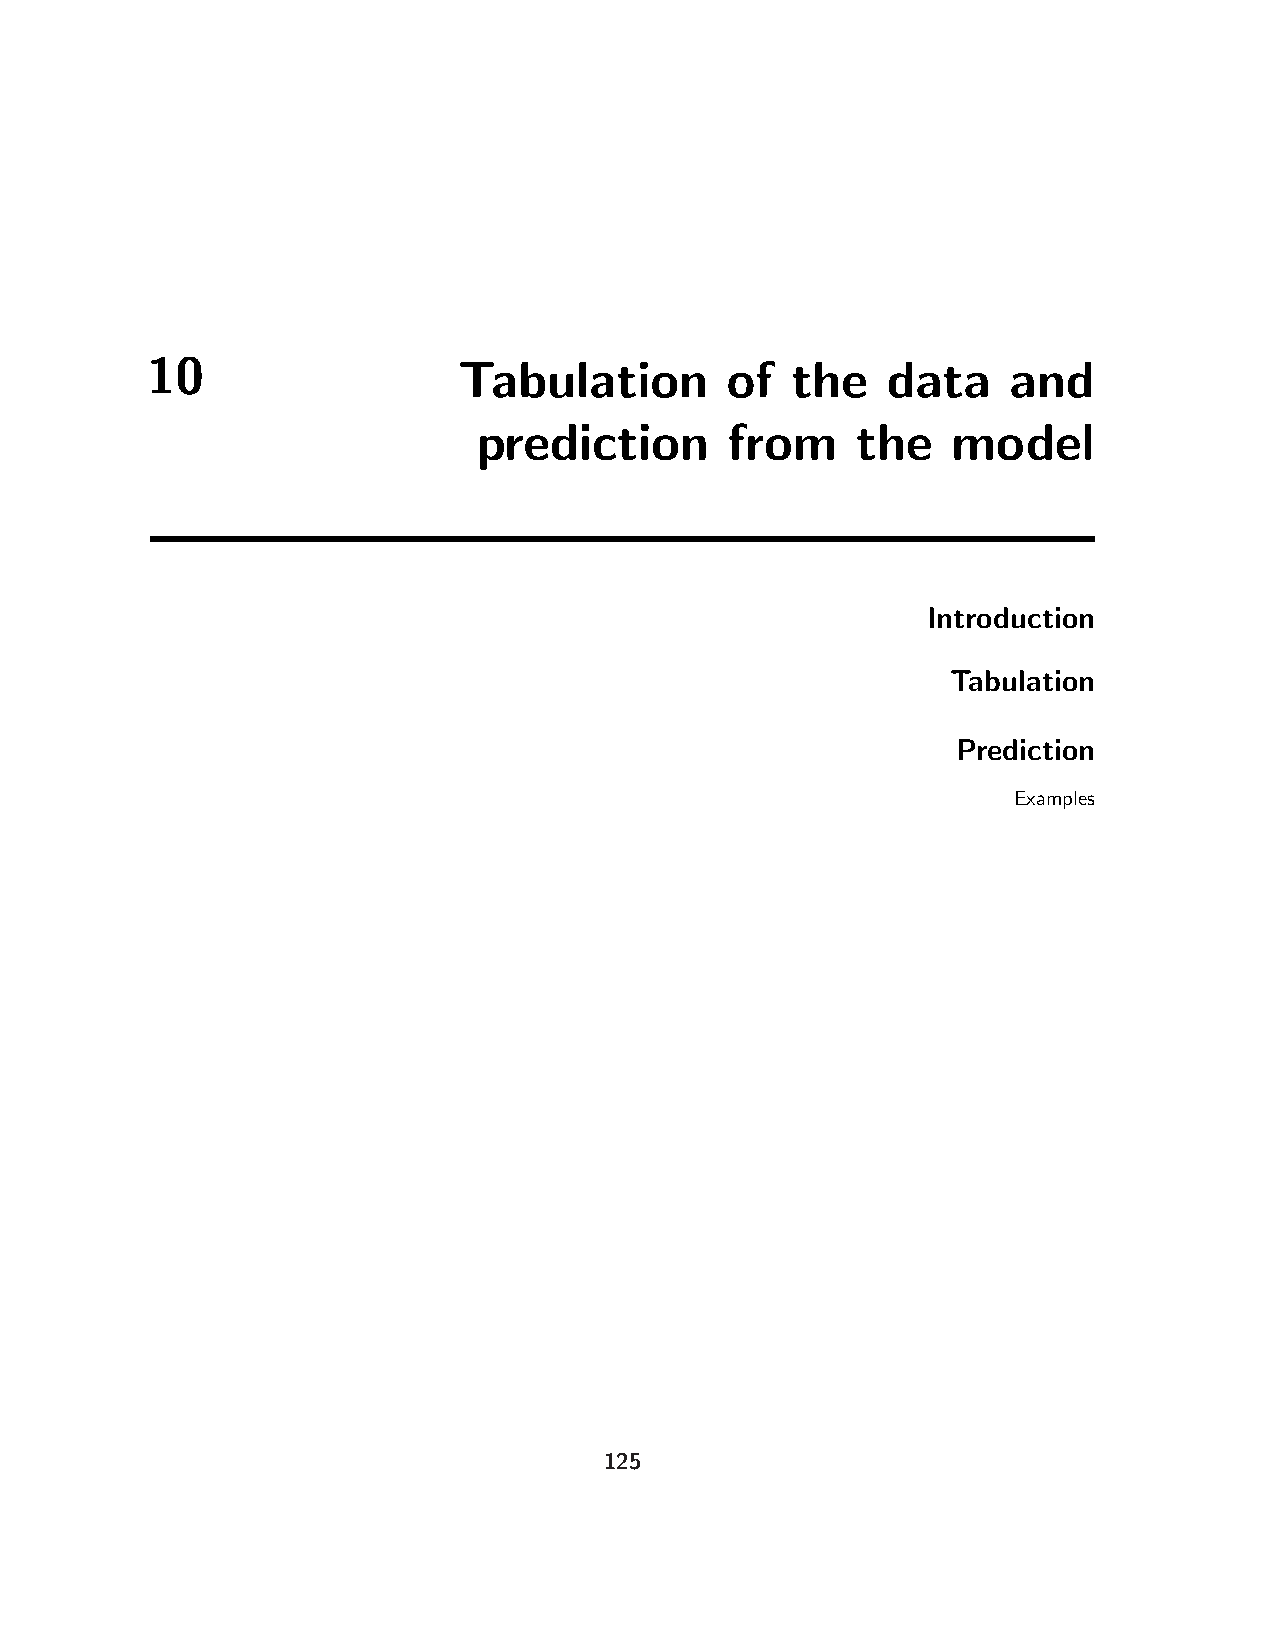
10                  Tabulation        of  the    data    and
 prediction      from     the   model
 Introduction
 Tabulation
 Prediction
 Examples
 125